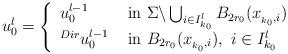
LaTeX: \begin{align*}u_0^l= \left\{\begin{array}{ll}u_0^{l-1} & \mbox{ in }\Sigma \backslash \bigcup_{i \in I_{k_0}^l} B_{2r_0}(x_{_{k_0},i})\\^{Dir}u_0^{l-1}& \mbox{ in }B_{2r_0}(x_{_{k_0},i}), \ i \in I^l_{k_0}\end{array}\right.\end{align*}